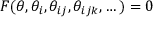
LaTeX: F ( \theta , \theta _ { i } , \theta _ { i j } , \theta _ { i j k } , \dots ) = 0